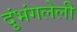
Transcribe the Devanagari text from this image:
दुंभंगलेली